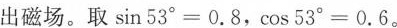
出磁场。取sin53^{°}=0.8，cos53^{°}=0.6。